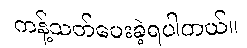
ကန့်သတ်ပေးခဲ့ရပါတယ်။